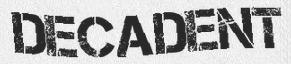
DECADENT